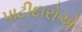
પાટીદારોએ